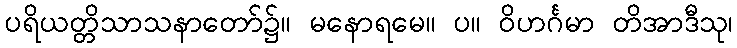
ပရိယတ္တိသာသနာတော်၌။ မနောရမေ။ ပ။ ဝိဟင်္ဂမာ တိအာဒီသု၊